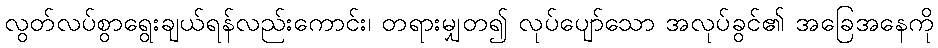
လွတ်လပ်စွာရွေးချယ်ရန်လည်းကောင်း၊ တရားမျှတ၍ လုပ်ပျော်သော အလုပ်ခွင်၏ အခြေအနေကို